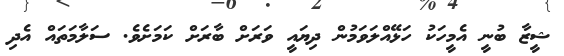
ޝީޒާ ބުނީ އެމީހަކު ހަޅޭއްލަވަމުން ދިޔައީ ވަރަށް ބާރަށް ކަމަށެވެ. ސަލާމަތައް އެދި